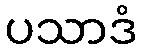
ပသာဒံ